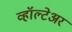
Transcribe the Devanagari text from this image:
व्हॉल्टेअर